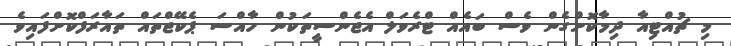
މި ޗުއްޓިއާ ދިމާކޮށްގެން ވެސް ބައެއް ޓްރެވަލް އެޖެންސީތަކުން ހާއްސަ ޕެކޭޖްތައް ތައާރަފްކޮށްފައިވެ